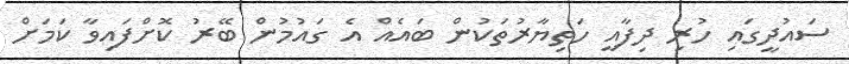
ސައުދީގައި ހުރި ދިފާއީ ހަތިޔާރުތަކުން ބައެއް އެ ގައުމުން ބޭރު ކޮށްފައިވާ ކަމަށް